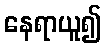
နေရာယူ၍